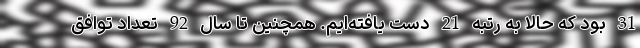
31 بود که حالا به رتبه 21 دست یافته‌ایم. همچنین تا سال 92 تعداد توافق